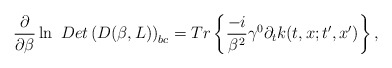
\begin{align*}\frac \partial {\partial \beta }\ln \ Det\left( D(\beta,L)\right) _{bc}=Tr\left\{ \frac{-i}{\beta ^2}\gamma ^0\partial_tk(t,x;t^{\prime },x^{\prime })\right\} ,\end{align*}